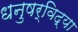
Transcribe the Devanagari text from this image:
धनुषर्विद्या